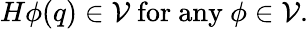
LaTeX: H\phi(q)\in{\cal V}\mathrm{~for~any~}\phi\in{\cal V}.